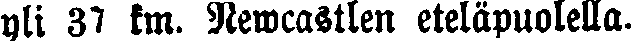
yli 37 km. Newcastlen eteläpuolella.